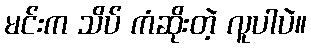
မင်းက သိပ် ကံဆိုးတဲ့ လူပါပဲ။